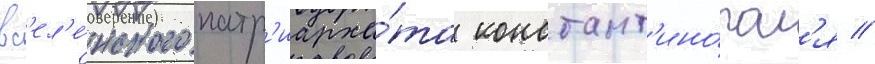
вс'ел'е́нского патр'иарха́та констант'ино́пол'я //